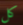
كل